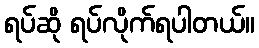
ရပ်ဆို ရပ်လိုက်ရပါတယ်။